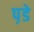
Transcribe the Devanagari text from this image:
प़डे